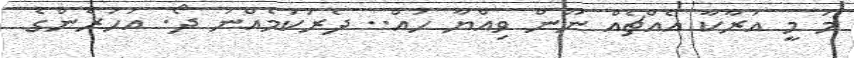
މަ މީ އަރާކާ އެއްޗެއް ނޫން ވިއްޔާ ހައް.. ދެރަކަމެއްނު ދޯ. އަހަރެންގެ